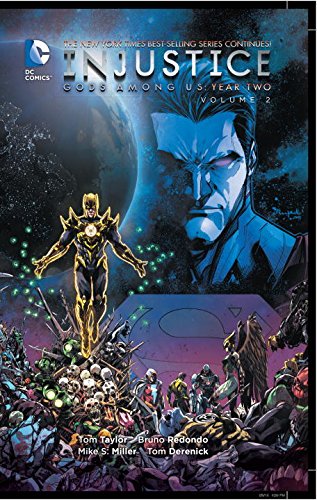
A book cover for Injustice: Gods Among Us: Year Two Vol. 2; Tom Taylor; Comics & Graphic Novels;